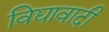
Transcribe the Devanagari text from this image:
विद्यावादी